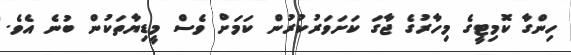
ހިންގާ ކޮމިޓީގެ މިހާރުގެ ޖާގަ ކަށަވަރުކުރުން ކަމަށް ވެސް މީޑިޔާތަކުން ބުނެ އެވެ.